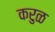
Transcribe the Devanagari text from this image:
करुळ